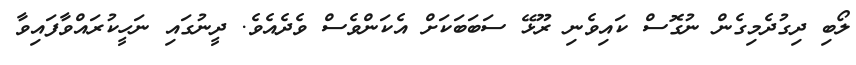
ލޯބި ދިގުދެމިގެން ނުގޮސް ކައިވެނި ރޫޅޭ ސަބަބަކަށް އެކަންވެސް ވެދެއެވެ. ދީނުގައި ނަހީކުރައްވާފައިވާ